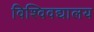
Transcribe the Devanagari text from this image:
विश्विवद्यालय